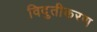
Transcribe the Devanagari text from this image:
विदुतीकरण